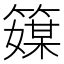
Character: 𥴘